Report of the Municipal Commissioner on the plague in Bombay for the year ending 31st May... - Volume 1
Disease focus: Plague
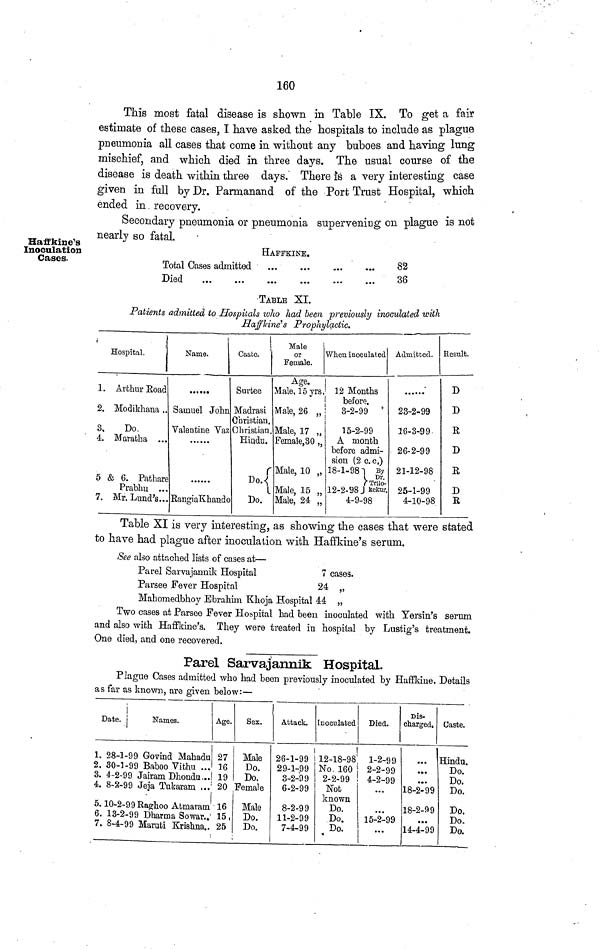
160
This most fatal disease is shown in Table IX. To get a fair
estimate of these cases, I have asked the hospitals to include as plague
pneumonia all cases that come in without any buboes and having lung
mischief, and which died in three days. The usual course of the
disease is death within three days. There is a very interesting case
given in full by Dr. Parmanand of the Port Trust Hospital, which
ended in recovery.
Haffkine's
Inoculation
Cases.
Secondary pneumonia or pneumonia supervening on plague is not
nearly so fatal.
HAFFKINE.
Total Cases admitted
Died
...
...
82
36
TABLE XI.
Patients admitted to Hospitals who had been previously inoculated with
Haffkine's Prophylactic.
Hospital.
1. Arthur Road
2. Modikhana
3.
Do
4. Maratha ...
5 & 6. Pathare
Prabhu ...
7. Mr. Lund's
Name.
Samuel John
Valentine Vaz
Rangia Khando
Caste.
Surtee
Madrasi
Christian.
Christian.
Hindu.
Do.
Male
or
Female.
Age.
Male, 15 yrs.
Male, 26 „
Male, 17 „
Female 30 „
Male, 10 „
Male, 15 „
Male, 24 „
When inoculated
12 Months
before.
3-2-99
15-2-99
A month
before admi-
sion (2 c. c.)
18-1-98
By Dr.
Trilo-
12-2- 98 kekur.
4-9-98
Admitted.
23-2-99
16-3-99
26-2-99
21-12-98
25-1-99
4-10-98
Result.
D
D
R
D
R D
Table XI is very interesting, as showing the cases that were stated
to have had plague after inoculation with Haffkine's serum.
See also attached lists of cases at—
Parel Sarvajannik Hospital
Parsee Fever Hospital
Mahomedbhoy Ebrahim Khoja Hospital
7
24
44
cases.
„
Two cases at Parsee Fever Hospital had been inoculated with Yersin's serum
and also with Haffkine's. They were treated in hospital by Lustig's treatment.
One died, and one recovered.
Parel Sarvajannik Hospital.
Plague Cases admitted who had been previously inoculated by Haffkine. Details
as far as known, are given below:—
Date
1. 28-1-99
2. 30-1-99
3. 4-2-99
4. 8-2-99
5. 10-2-99
6. 13-2-99
7. 8-4-99
Names.
Govind Mahadu
Baboo Vithu
Jairam Dhondu
Jeja Tukaram
Raghoo Atmaram
Dharma Sowar
Maruti Krishna
Age.
27
16
19
20
16
15
25
Sex.
Male
Do.
Do.
Female
Male
Do.
Do.
Attack.
26-1-99
29-1-99
3-2-99
6-2-99
8-2-99
11-2-99
7-4-99
Inoculated
12-18-98
No 160
Died.
1-2-99
2-2-99
2-2-99 ! 4-2-99
Not
known
Do.
Do.
Do.
15-2-99
Dis-
charged,
18-2-99
18-2-99
14-4-99
Caste.
Hindu.
Do.
Do.
Do.
Do.
Do.
Do.